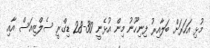
މުޅި އަަހަރަށް ބަލާއިރު ފިނިހޫނު މިން އުޅެނީ 30-28 ޑިގްރީ ސެލްޒިއަސް އާއި